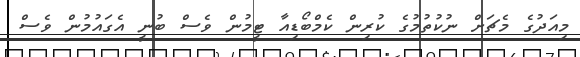
މިއަދުގެ މެޗަށް ނުކުތުމުގެ ކުރިން ކެމްބޯޑިއާ ޓީމުން ވެސް ބުނީ އެގައުމުން ވެސް